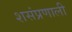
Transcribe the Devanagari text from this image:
शसंप्रणाली